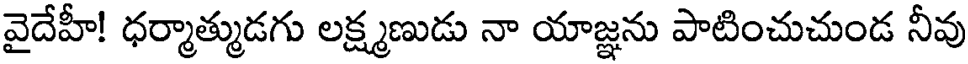
వైదేహీ! ధర్మాత్ముడగు లక్ష్మణుడు నా యాజ్ఞను పాటించుచుండ నీవు